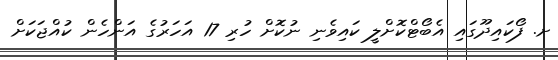
ށ. ފޯކައިދޫގައި އެބޯޓްކޮށްލީ ކައިވެނި ނުކޮށް ހުރި 17 އަހަރުގެ އަންހެން ކުއްޖަކަށް